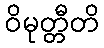
ဝိမုတ္တီတိ